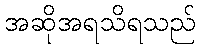
အဆိုအရသိရသည်